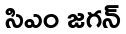
సిఎం జగన్